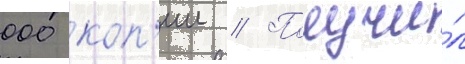
000 коп'ии // Получи́л